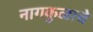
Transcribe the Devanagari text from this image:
नागकुळाचे